Code of medical and sanitary regulations for the guidance of medical officers serving in the Madras Presidency - Volume I
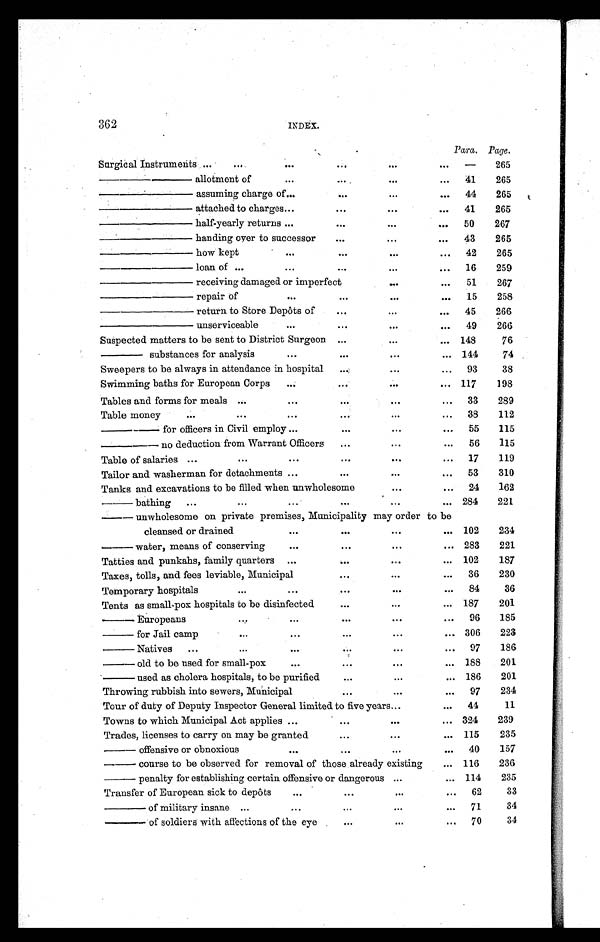
362 INDEX.
Para. Page.
Surgical Instruments ...
...
...
...
. . .
. . . —
265
— — — a l l o t m e n t o f
...
...
. . .
... 41
265
——— assuming charge of ...
...
...
... 44
265
——— attached to charges ...
...
. . .
... 41
265
——— half-yearly returns ...
...
. . .
. . .
50
267
——— handing over to successor
...
. . .
. . .
43
265
— — — h o w k e p t
...
...
. . .
... 42
265
——— loan of ...
...
...
. . .
. . . 16
259
——— receiving damaged or imperfect
. . .
... 51
267
— — — r e p a i r o f
...
...
. . .
. . . 15
258
— — — r e t u r n t o S t o r e D e p ô t s o f
...
...
... 45
266
——— unserviceable
...
...
. . .
... 49
266
Suspected matters to be sent to District Surgeon ...
. . .
... 148
76
—— substances for analysis
...
...
. . .
... 144
74
Sweepers to be always in attendance in hospital ...
. . .
... 93
38
Swimming baths for European Corps ...
...
...
... 117
198
Tables and forms for meals ...
...
...
. . .
... 33
289
Table money
. . .
. . . ...
...
. . .
... 38
112
— — f o r o f f i c e r s i n C i v i l e m p l o y ...
...
...
... 55
115
— — n o d e d u c t i o n f r o m W a r r a n t O f f i c e r s
...
...
... 56
115
Table of salaries ...
. . .
...
...
. . .
... 17
119
Tailor and washerman for detachments ...
...
...
... 53
310
Tanks and excavations to be filled when unwholesome
. . .
... 24
162
— bathing ...
. . . ...
...
...
... 284
2 2 1
— u n w h o l e s o m e o n p r i v a t e p r e m i s e s , M u n i c i p a l i t y m a y o r d e r t o b e
cleansed or drained
...
...
. . .
... 102
2 3 4
— w a t e r , m e a n s o f c o n s e r v i n g
...
...
. . .
... 283
221
Tatties and punkahs, family quarters ...
...
. . .
... 102
187
Taxes, tolls, and fees leviable, Municipal
...
...
... 36
230
Temporary hospitals
...
...
...
. . .
... 84
36
Tents as small-pox hospitals to be disinfected
...
...
... 187
201
— Europeans
...
...
...
...
... 96
185
— for Jail camp
. . . ...
. . .
. . .
. . . 306
223
— Natives ...
...
...
. . .
...
... 97
186
— old to be used for small-pox
...
. . .
. . .
... 188
201
— used as cholera hospitals, to be purified
...
...
... 186
201
Throwing rubbish into sewers, Municipal
. . .
...
... 97
234
Tour of duty of Deputy Inspector General limited to five years ...
... 44
11
Towns to which Municipal Act applies ...
...
. . .
... 324
239
Trades, licenses to carry on may be granted
...
. . .
. . . 115
235
— offensive or obnoxious
...
...
...
... 40
157
— course to be observed for removal of those already existing
... 116
236
— penalty for establishing certain offensive or dangerous ...
... 114
235
Transfer of European sick to depôts
...
...
. . .
... 62
33
— of military insane ...
...
. . .
. . .
. . . 71
34
— of soldiers with affections of the eye
. . .
. . .
. . . 70
34